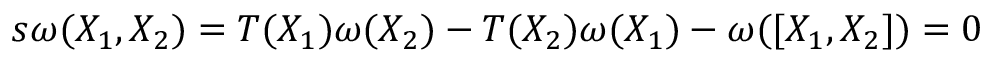
s \omega ( X _ { 1 } , X _ { 2 } ) = T ( X _ { 1 } ) \omega ( X _ { 2 } ) - T ( X _ { 2 } ) \omega ( X _ { 1 } ) - \omega ( [ X _ { 1 } , X _ { 2 } ] ) = 0